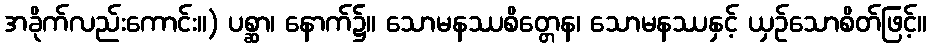
အခိုက်လည်းကောင်း။) ပစ္ဆာ၊ နောက်၌။ သောမနဿစိတ္တေန၊ သောမနဿနှင့် ယှဉ်သောစိတ်ဖြင့်။